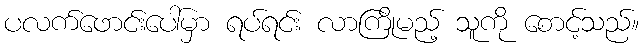
ပလက်ဖောင်းပေါ်မှာ ရပ်ရင်း လာကြိုမည့် သူကို စောင့်သည်။